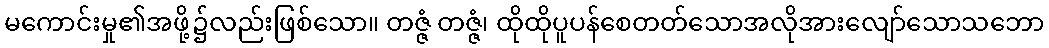
မကောင်းမှု၏အဖို့၌လည်းဖြစ်သော။ တဇ္ဇံ တဇ္ဇံ၊ ထိုထိုပူပန်စေတတ်သောအလိုအားလျော်သောသဘော